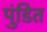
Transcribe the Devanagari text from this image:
पुंडित